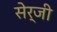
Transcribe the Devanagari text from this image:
सेर्जी